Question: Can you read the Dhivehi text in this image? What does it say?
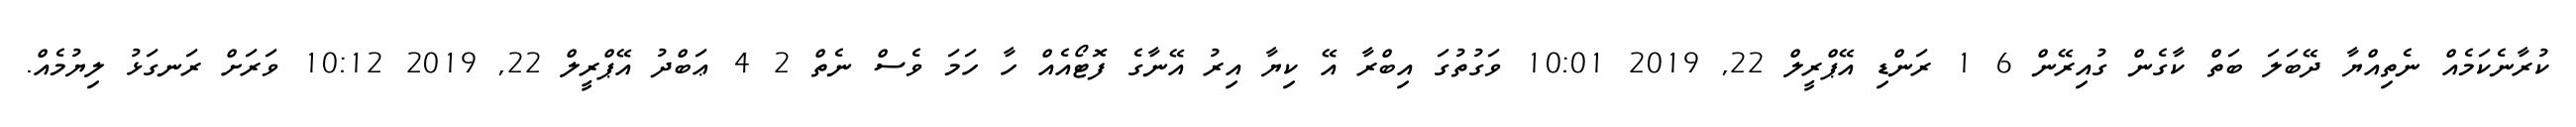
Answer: ކުރާނެކަމެއް ނެތިއްޔާ ދޭބަލަ ބަތް ކާގެން ގުއިރޭން 6 1 ރަންޑި އޭޕްރީލް 22, 2019 10:01 ވަގުތުގަ އިބްރާ އޭ ކިޔާ އިރު އޭނާގެ ފޮޓޯއެއް ހާ ހަމަ ވެސް ނެތް 2 4 ޢަބްދު އޭޕްރީލް 22, 2019 10:12 ވަރަށް ރަނގަޅު ލިޔުމެއް.